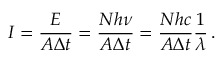
{ \cal I } = \frac { E } { A \Delta t } = \frac { N h \nu } { A \Delta t } = \frac { N h c } { A \Delta t } \frac { 1 } { \lambda } \, .